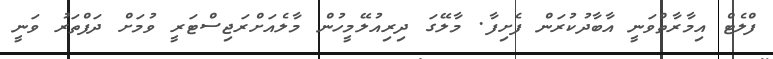
ފްލެޓް އިމާރާތްވަނީ އާބާދުކުރަން ފެށިފާ. މާލޭގަ ދިރިއުލޭމީހުން މާލެއަށްރަޖިސްޓަރީ ވުމަށް ދަފްތަރު ވަނީ